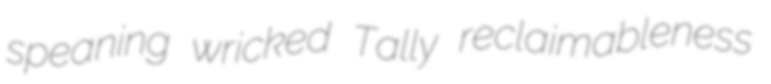
speaning wricked Tally reclaimableness